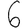
Digit: 6